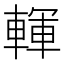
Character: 䡣